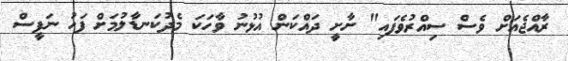
ރާއްޖެއަށް ވެސް ސިއްރުވެފައި" ށާށީ ދައްކަން އުޅުނު ވާހަކަ މެދުކަނޑާލުމަށް ފަހު ނަފީސް